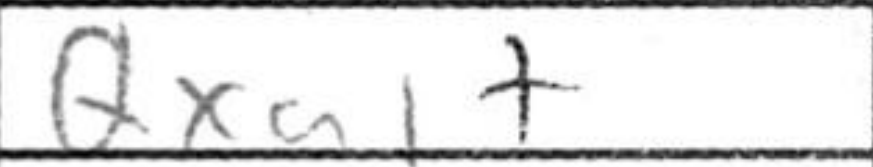
Transcription: Qxa1+